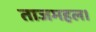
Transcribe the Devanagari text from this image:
ताजमहल।